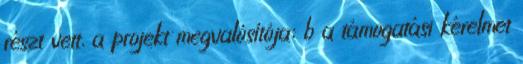
részt vett, a projekt megvalósítója; b a támogatási kérelmet